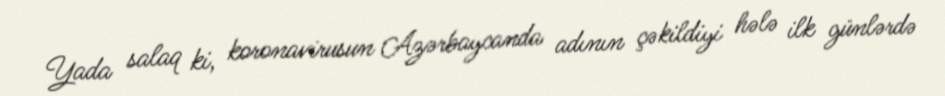
Yada salaq ki, koronavirusun Azərbaycanda adının çəkildiyi hələ ilk günlərdə